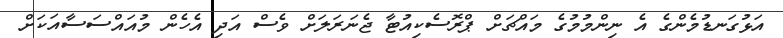
އަޅުގަނޑުމެންގެ އެ ނިންމުމުގެ މައްޗަަށް ޕްރޮސެކިއުޓާ ޖެނަރަލަށް ވެސް އަދި އެހެން މުއައްސަސާއަކަށް